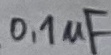
Text: 0,1µF